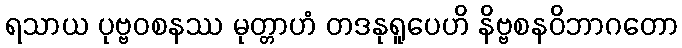
ရသာယ ပုဗ္ဗဝစနဿ မုတ္တာဟံ တဒနုရူပေဟိ နိဗ္ဗစနဝိဘာဂတော